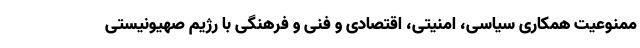
ممنوعیت همکاری سیاسی، امنیتی، اقتصادی و فنی و فرهنگی با رژیم صهیونیستی